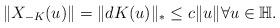
LaTeX: \begin{align*}\|X_{-K}(u)\|=\|dK(u)\|_* \leq c \|u\| \forall u\in \mathbb{H}.\end{align*}